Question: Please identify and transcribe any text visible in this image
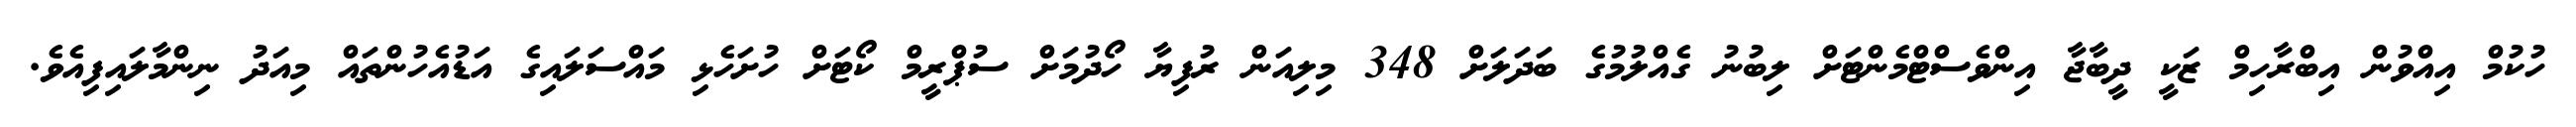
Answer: ހުކުމް އިއްވުން އިބްރާހިމް ޒަކީ ދީބާޖާ އިންވެސްޓްމެންޓަށް ލިބުނު ގެއްލުމުގެ ބަދަލަށް 348 މިލިއަން ރުފިޔާ ހޯދުމަށް ސުޕްރީމް ކޯޓަށް ހުށަހެޅި މައްސަލައިގެ އަޑުއެހުންތައް މިއަދު ނިންމާލައިފިއެވެ.